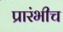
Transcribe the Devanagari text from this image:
प्रारंभीच